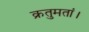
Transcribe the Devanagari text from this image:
क्रतुमतां।